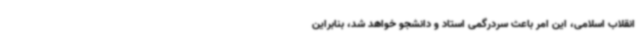
انقلاب اسلامی، این امر باعث سردرگمی استاد و دانشجو خواهد شد، بنابراین